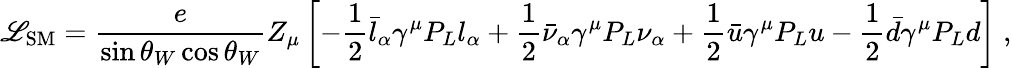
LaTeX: \mathscr{L}_{\mathrm{SM}}=\frac{e}{\sin\theta_{W}\cos\theta_{W}}Z_{\mu}\left[-\frac{1}{2}\bar{l}_{\alpha}\gamma^{\mu}P_{L}l_{\alpha}+\frac{1}{2}\bar{\nu}_{\alpha}\gamma^{\mu}P_{L}\nu_{\alpha}+\frac{1}{2}\bar{u}\gamma^{\mu}P_{L}u-\frac{1}{2}\bar{d}\gamma^{\mu}P_{L}d\right]\; ,